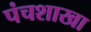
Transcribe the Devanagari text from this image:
पंचशाखा